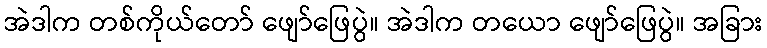
အဲဒါက တစ်ကိုယ်တော် ဖျော်ဖြေပွဲ။ အဲဒါက တယော ဖျော်ဖြေပွဲ။ အခြား